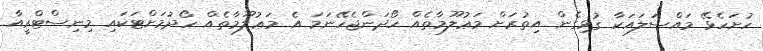
ހުށަހެޅޭ މައްސަލައަކާ ގުޅިގެން އިތުރަށް މަޢުލޫމާތެއް ހޯދަންޖެހޭނަމަ އެ މަޢުލޫމާތެއް ހޯދުމަށްޓަކައި މިނިސްޓްރީއާ